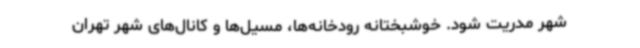
شهر مدریت شود. خوشبختانه رودخانه‌ها، مسیل‌ها و کانال‌های شهر تهران